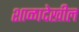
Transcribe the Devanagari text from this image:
शाळादेखील